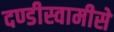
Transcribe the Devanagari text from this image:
दण्डीस्वामीसे